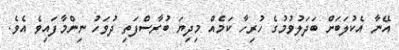
އޭނާ އެކުލަބަށް ބަދަލުވުމުގެ ހުރިހާ ކަމެއް މިދިޔަ ބުރާސްފަތި ދުވަހު ނިންމާފައިވެ އެވެ.